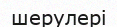
шерулері